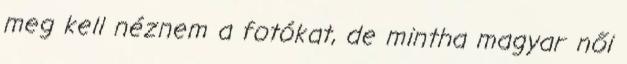
meg kell néznem a fotókat, de mintha magyar női